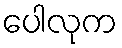
ပေါလုက